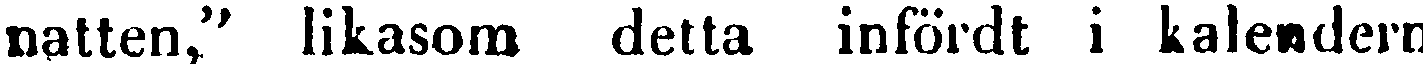
natten," likasom detta infördt i kalendern